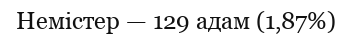
Немістер — 129 адам (1,87%)